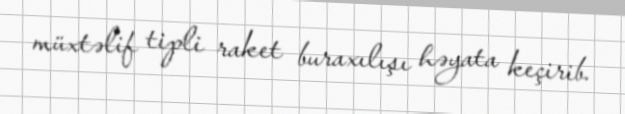
müxtəlif tipli raket buraxılışı həyata keçirib.